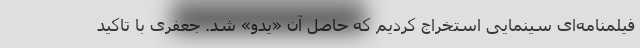
فیلمنامه‌ای سینمایی استخراج کردیم که حاصل آن «یدو» شد. جعفری با تاکید